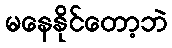
မနေနိုင်တော့ဘဲ